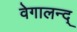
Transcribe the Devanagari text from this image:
वेगालन्द्